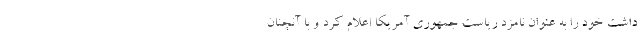
داشت خود را به عنوان نامزد ریاست جمهوری آمریکا اعلام کرد و با آنچنان